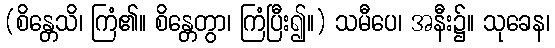
(စိန္တေသိ၊ ကြံ၏။ စိန္တေတွာ၊ ကြံပြီး၍။) သမီပေ၊ အနီး၌။ သုခေန၊